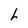
Character: h